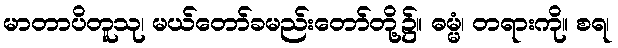
မာတာပိတူသု၊ မယ်တော်ခမည်းတော်တို့၌။ ဓမ္မံ၊ တရားကို။ စရ၊